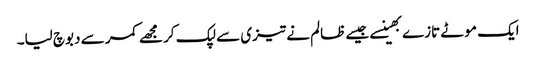
ایک موٹے تازے بھینسے جیسے ظالم نے تیزی سے لپک کر مجھے کمر سے دبوچ لیا۔